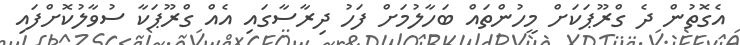
އެގޮތުން ދެ ގްރޫޕަކަށް މީހުންތައް ބަހާލުމަށް ފަހު ދިރާސާގައި އެއް ގްރޫޕަކާ ސުވާލުކޮށްފައި